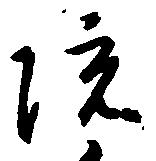
院